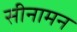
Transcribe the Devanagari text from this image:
सीनामन